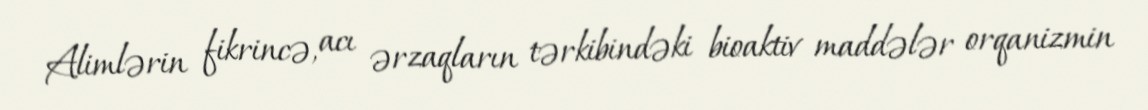
Alimlərin fikrincə, acı ərzaqların tərkibindəki bioaktiv maddələr orqanizmin